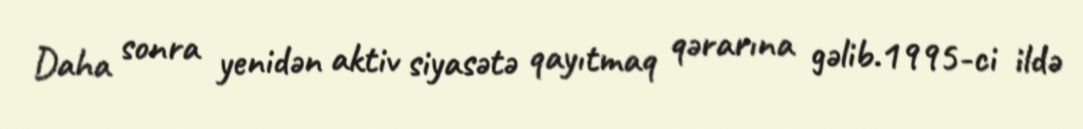
Daha sonra yenidən aktiv siyasətə qayıtmaq qərarına gəlib.1995-ci ildə